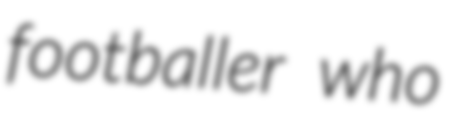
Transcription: footballer who